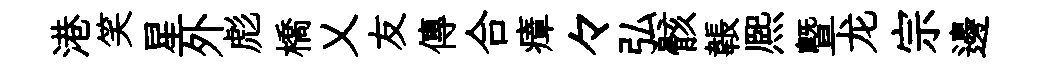
港笑星外彪橋乂友傳合瘴々弘骸韔熈曁龙宗邊